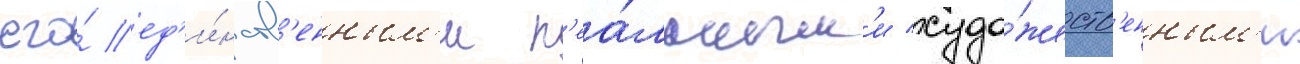
его́ ед'и́нств'енным'и р'еа́льным'и худо́жеств'енным'и